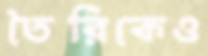
তৈরিকেও